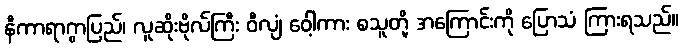
နီကာရာဂွာပြည်၊ လူဆိုးဗိုလ်ကြီး ဝီလျံ ဝေါ့ကား စသူတို့ အကြောင်းကို ပြောသံ ကြားရသည်။